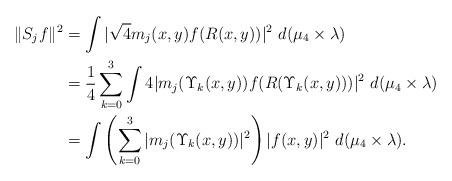
LaTeX: \begin{align*}\| S_{j}f \|^2 &= \int |\sqrt{4} m_{j}(x,y) f(R(x,y))|^2 \ d(\mu_{4} \times \lambda) \\&= \dfrac{1}{4} \sum_{k=0}^{3} \int 4 | m_{j}(\Upsilon_{k}(x,y)) f(R(\Upsilon_{k}(x,y))) |^2 \ d(\mu_{4} \times \lambda) \\&= \int \left( \sum_{k=0}^{3} | m_{j}(\Upsilon_{k}(x,y))|^2 \right) |f(x,y)|^2 \ d(\mu_{4} \times \lambda).\end{align*}